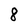
Character: 8